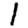
Digit: 1